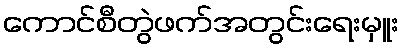
ကောင်စီတွဲဖက်အတွင်းရေးမှူး